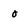
Character: 0